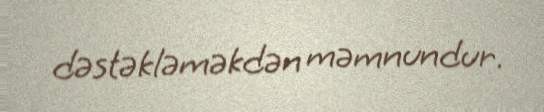
dəstəkləməkdən məmnundur.